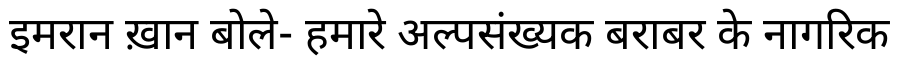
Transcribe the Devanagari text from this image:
इमरान ख़ान बोले- हमारे अल्पसंख्यक बराबर के नागरिक